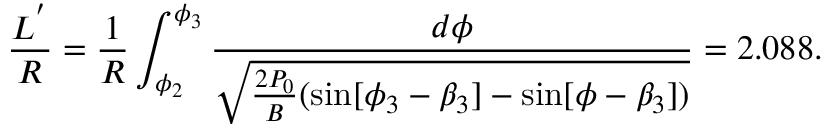
\frac { L ^ { ' } } { R } = \frac { 1 } { R } \int _ { \phi _ { 2 } } ^ { \phi _ { 3 } } \frac { d \phi } { \sqrt { \frac { 2 P _ { 0 } } { B } ( \sin [ \phi _ { 3 } - \beta _ { 3 } ] - \sin [ \phi - \beta _ { 3 } ] ) } } = 2 . 0 8 8 .